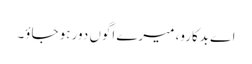
اے بدکارو، میرے اَگوں دور ہو جاؤ۔